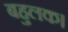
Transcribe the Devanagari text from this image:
बहुलक।